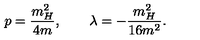
p = \frac { m _ { H } ^ { 2 } } { 4 m } , \quad \quad \lambda = - \frac { m _ { H } ^ { 2 } } { 1 6 m ^ { 2 } } .